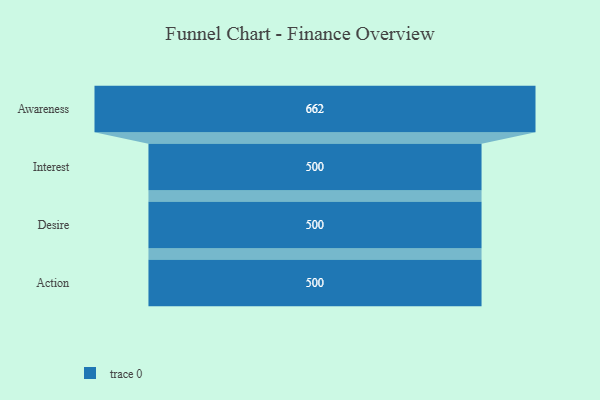
{"axis": {"x": "Stage", "y": "Value"}, "legend": [""], "data": [{"x": "Awareness", "y": 662.0, "type": ""}, {"x": "Interest", "y": 500, "type": ""}, {"x": "Desire", "y": 500, "type": ""}, {"x": "Action", "y": 500, "type": ""}]}